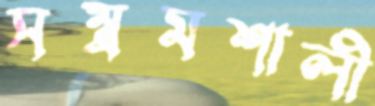
সম্ভ্রমশালী